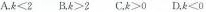
A$$.k＜2 $$ B.$$k＞2$$ $$C.＞0$$ D.$$k＜0$$